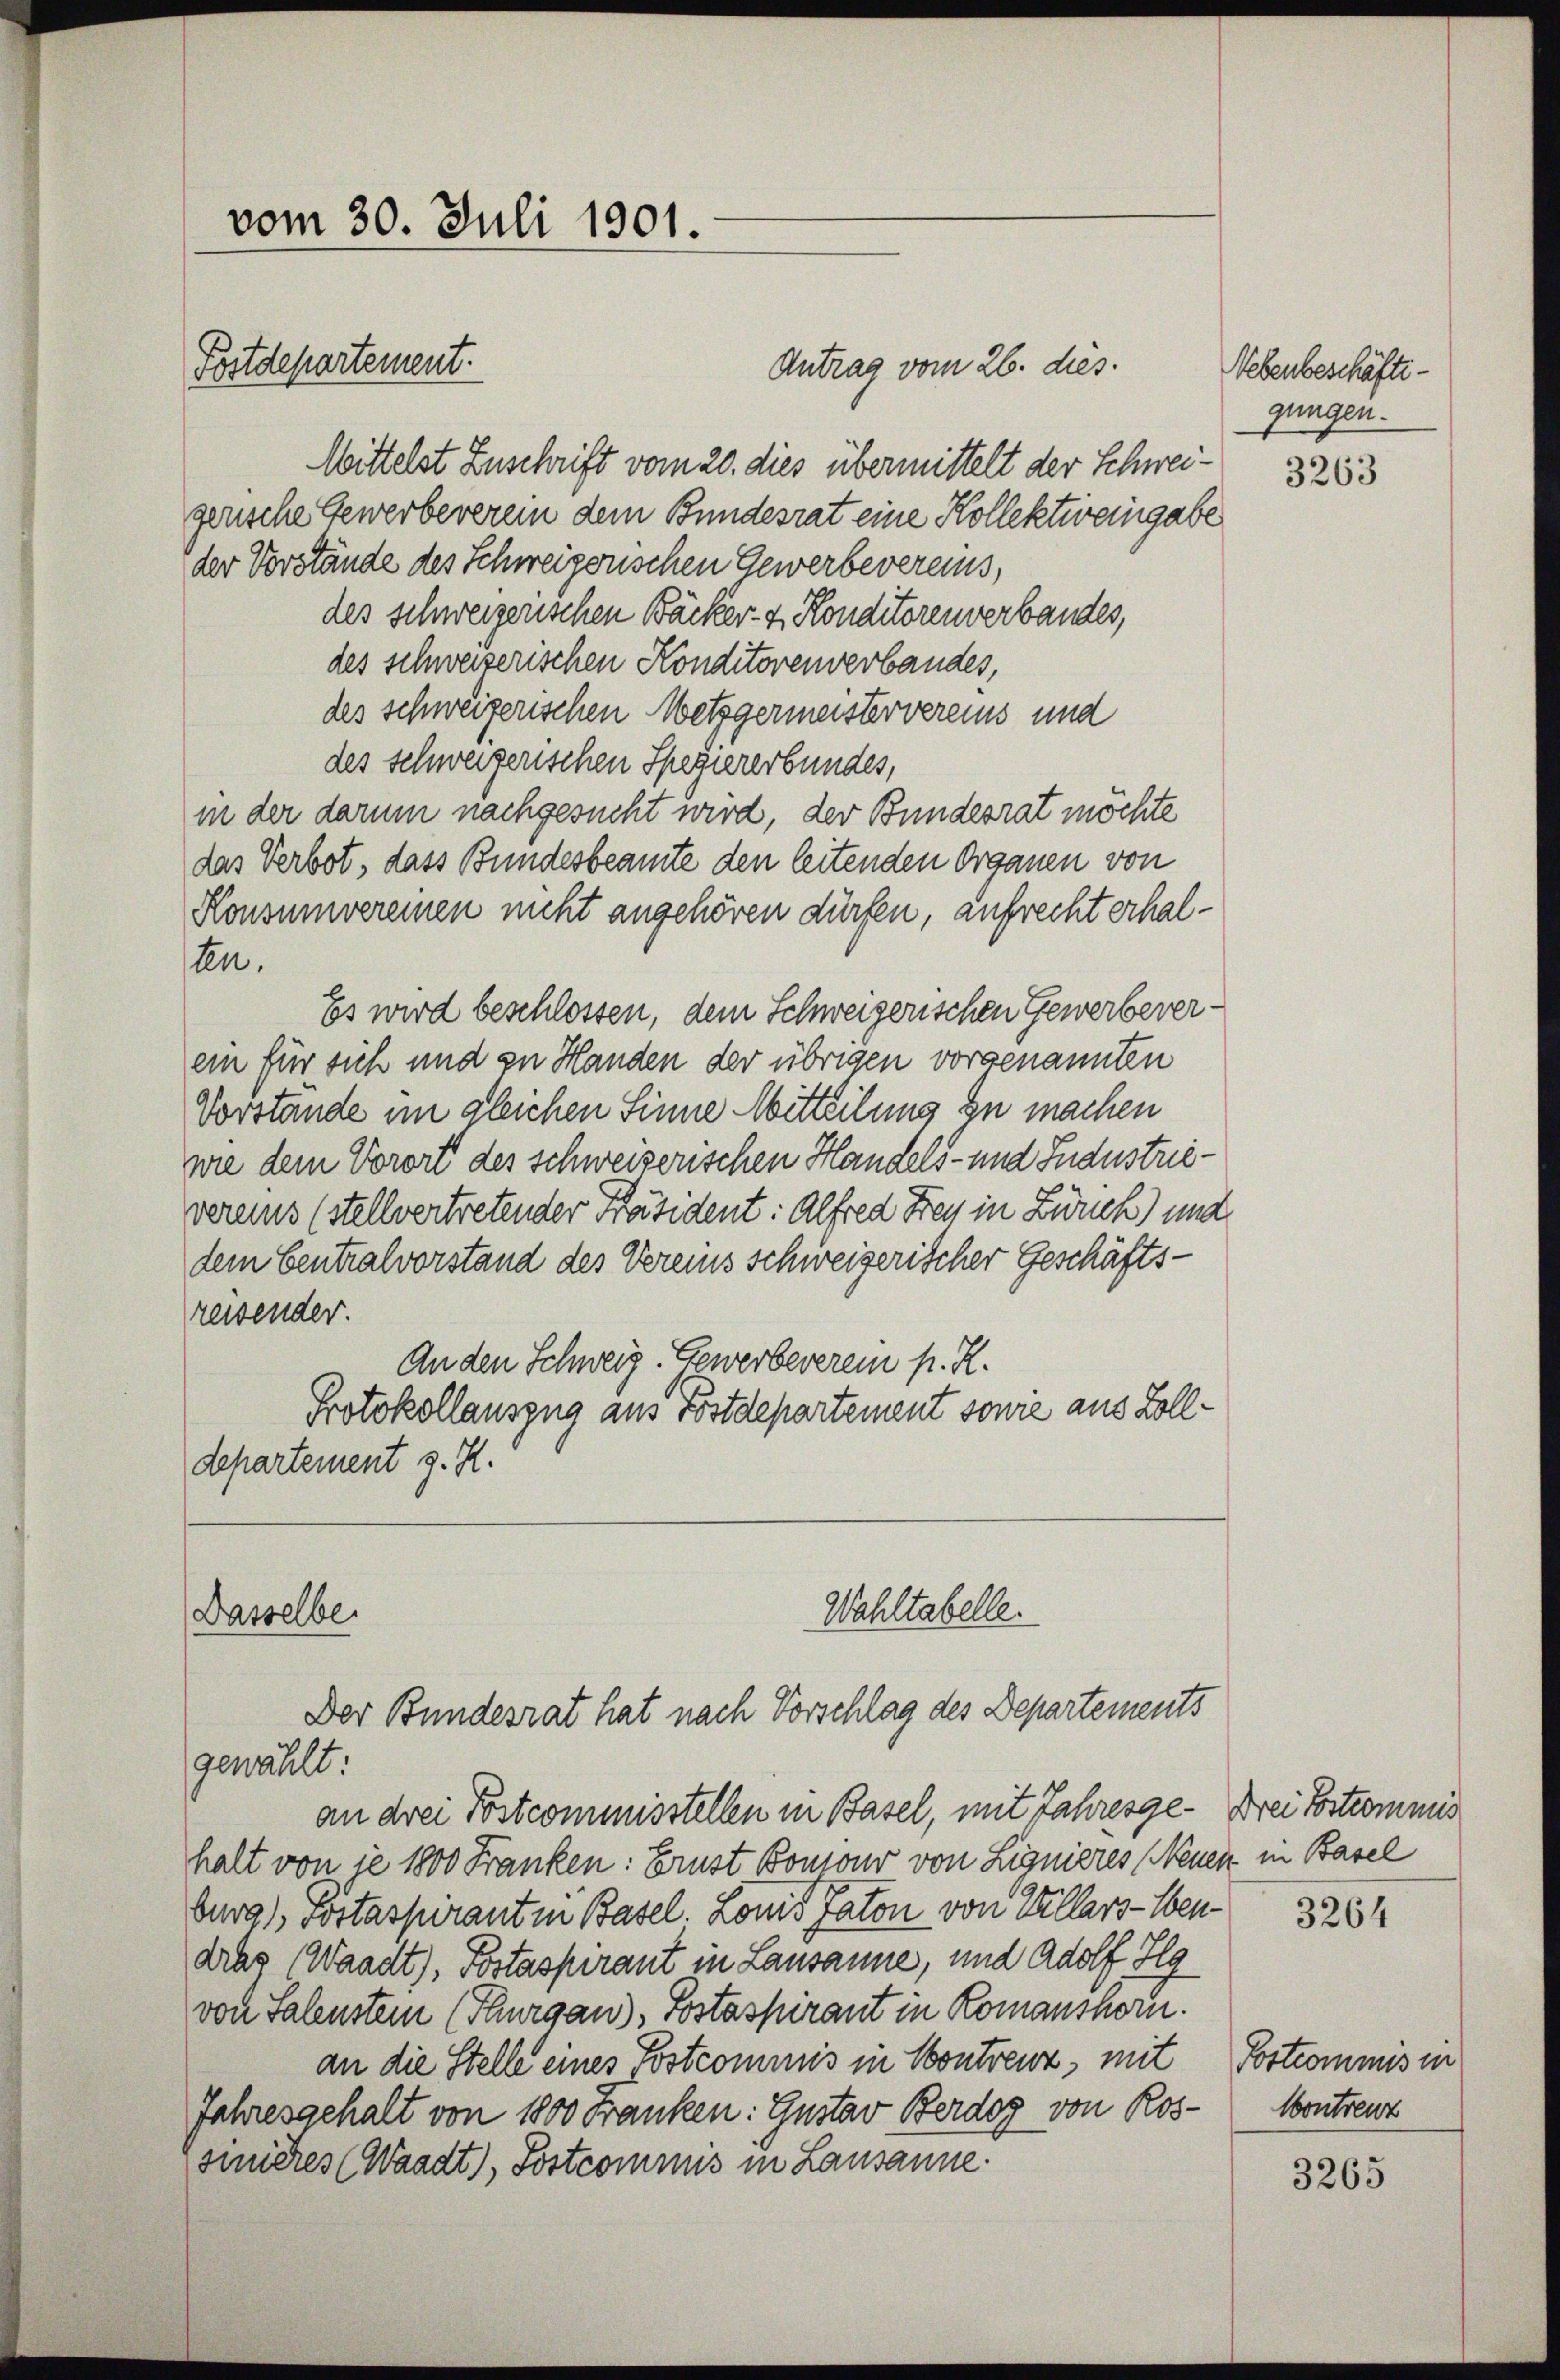
vom 30. Juli 1901.
Postdepartement.

Antrag vom 26. dies
Mittelst Zuschrift vom 20. dies übermittelt der Schwei- 3263
gerische Gewerbeverein dem Bundesrat eine Kollektiveingabe
der Vorstände des Schweizerischen Gewerbevereins,
des schweizerischen Bäcker- & Konditorenverbandes,
des schweizerischen Konditorenverbandes,
des schweizerischen Wetzgermeistervereins und
des schweizerischen Speziererbundes,
in der darum nachgesucht wird, der Bundesrat möchte
das Verbot, dass Bundesbeamte den leitenden Organen von
Konsumvereinen nicht angehören dürfen, aufrecht erhalten.
Es wird beschlossen, dem Schweizerischen Gewerbeverein für sich und zu Handen der übrigen vorgenannten
Vorstände im gleichen Sinne Mitteilung zu machen
wie dem Vorort des schweizerischen Handels- und Industrievereins (stellvertretender Präsident: Alfred Freu in Zürch) und
dem Centralvorstand des Vereins schweizerischer Geschäftsreisender.
An den Schweiz. Gewerbeverein p. R.
Protokollauszug aus Postdepartement sowie aus Zolldepartement z. Z.

Wahltabelle.
Dasselbe
Der Bundesrat hat nach Vorschlag des Departements
gewählt:

an drei Postcommisstellen in Basel, mit Jahresge- Drei Postcommis

Nebenbeschäftigungen.

halt von je 1800 Franken: Brust Bomon von Lignieres (Neuen in Basel
burg 1 Portaspirant in Basel. Lonis Paton von Villars-Bendras (Waadt), Postaspirant in Lausanne, und Adolf H
von Salenstem (Thurgau), Postaspirant in Komanshorn.
an die Stelle eines Postcommis in Contreuz, mit
Jahresgehalt von 1800 Franken: Gustav Berdog von Ros-
sinieres (Waadt), Postcommis in Lausanne:

3264

Postcommis in
Contreuz

3265